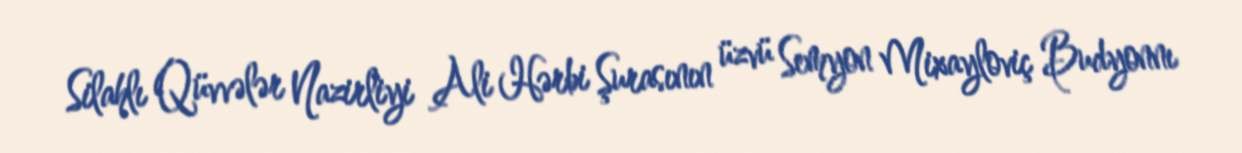
Silahlı Qüvvələr Nazirliyi Ali Hərbi Şurasının üzvü Semyon Mixayloviç Budyonnı